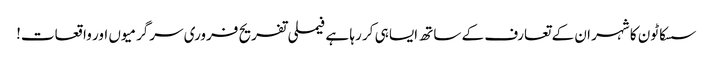
سسکاٹون کا شہر ان کے تعارف کے ساتھ ایسا ہی کر رہا ہے فیملی تفریح ​​فروری سرگرمیوں اور واقعات!